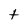
Character: t